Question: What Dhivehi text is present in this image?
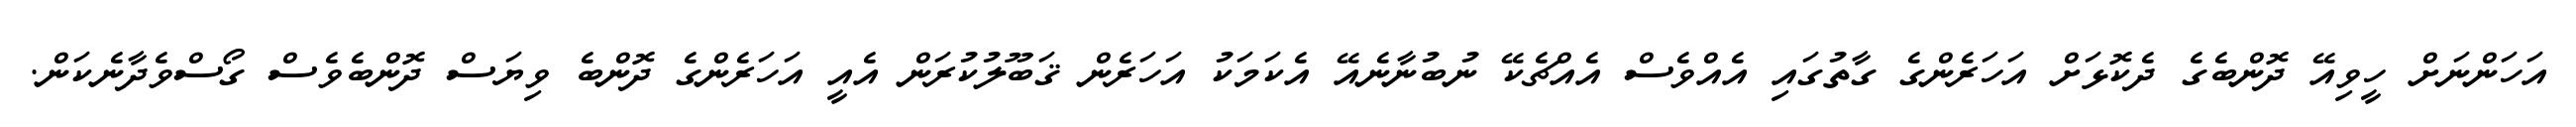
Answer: އަހަންނަށް ހީވިއޭ ދޮންބެގެ ދެކޮޅަށް އަހަރެންގެ ގާތުގައި އެއްވެސް އެއްޗެކޭ ނުބުނާނެއޭ އެކަމަކު އަހަރެން ޤަބޫލުކުރަން އެއީ އަހަރެންގެ ދޮންބެ ވިޔަސް ދޮންބެވެސް ގޯސްވެދާނެކަން.